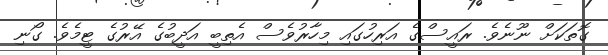
ގޮތަކަށް ނޫނެވެ. ރައީސްގެ އަރިހުގައި މިހާރުވެސް އެތިބީ އަދީބުގެ އޭރުގެ ޓީމެވެ. ގޯނި